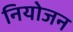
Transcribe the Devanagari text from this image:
नियोजन